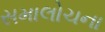
સમાલોચના